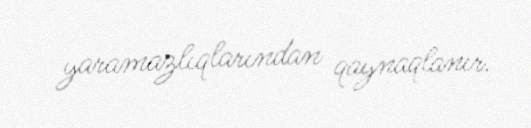
yaramazlıqlarından qaynaqlanır.